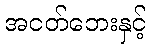
အငတ်ဘေးနှင့်